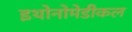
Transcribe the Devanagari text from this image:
इथोनोमेडीकल